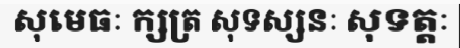
សុមេធៈ ក្សត្រ សុទស្សនៈ សុទត្តៈ